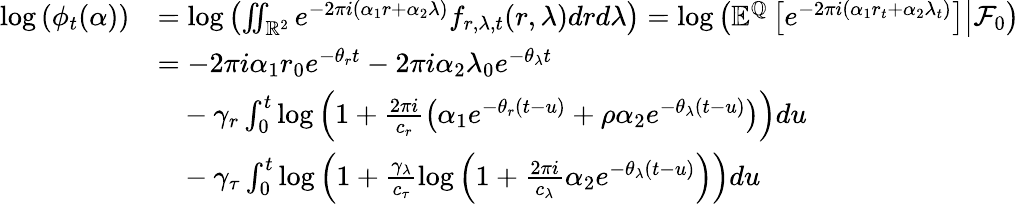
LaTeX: \begin{array}{rl}{\log\left(\phi_{t}(\mathbf{\alpha})\right)}&{=\log\left(\iint_{{\mathbb R}^{2}}e^{-2\pi i(\alpha_{1}r+\alpha_{2}\lambda)}f_{r,\lambda,t}(r,\lambda)drd\lambda\right)=\log\left({\mathbb E}^{{\mathbb Q}}\left[\left.e^{-2\pi i(\alpha_{1}r_{t}+\alpha_{2}\lambda_{t})}\right]\right\rvert{\mathcal F}_{0}\right)}\\ &{=-2\pi i\alpha_{1}r_{0}e^{-\theta_{r}t}-2\pi i\alpha_{2}\lambda_{0}e^{-\theta_{\lambda}t}}\\ &{\ \ \ -\gamma_{r}\int_{0}^{t}\log\left(1+\frac{2\pi i}{c_{r}}\left(\alpha_{1}e^{-\theta_{r}(t-u)}+\rho\alpha_{2}e^{-\theta_{\lambda}(t-u)}\right)\right)du}\\ &{\ \ \ -\gamma_{\tau}\int_{0}^{t}\log\left(1+\frac{\gamma_{\lambda}}{c_{\tau}}\log\left(1+\frac{2\pi i}{c_{\lambda}}\alpha_{2}e^{-\theta_{\lambda}(t-u)}\right)\right)du}\end{array}